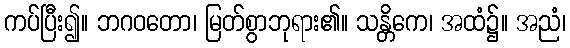
ကပ်ပြီး၍။ ဘဂဝတော၊ မြတ်စွာဘုရား၏။ သန္တိကေ၊ အထံ၌။ အညံ၊